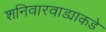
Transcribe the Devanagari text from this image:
शनिवारवाड्याकडे